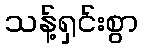
သန့်ရှင်းစွာ